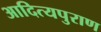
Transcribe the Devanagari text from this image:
आदित्यपुराण